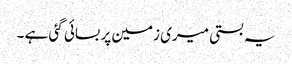
یہ بستی میری زمین پر بسائی گئی ہے ۔